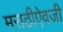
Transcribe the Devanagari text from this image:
मराठीऐवजी